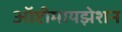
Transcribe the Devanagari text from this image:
ऑप्टीमायझेशन